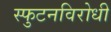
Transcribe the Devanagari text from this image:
स्‍फुटनविरोधी